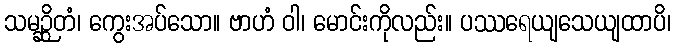
သမဉ္ဆိတံ၊ ကွေးအပ်သော။ ဗာဟံ ဝါ၊ မောင်းကိုလည်း။ ပဿရေယျသေယျထာပိ၊